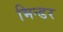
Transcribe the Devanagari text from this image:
भिन्डर